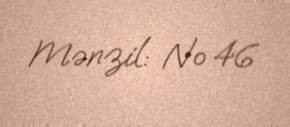
Mənzil: № 46